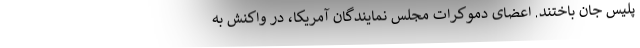
پلیس جان باختند. اعضای دموکرات مجلس نمایندگان آمریکا، در واکنش به